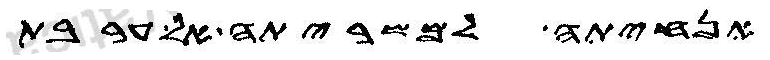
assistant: אנחיתה למשריתה אל ערבת